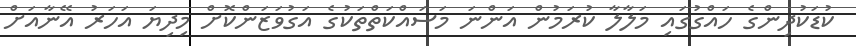
ކުޑަކުދިންގެ ހައްގުގައި މަލާލާ ކުރަމުން އަންނަ މަސައްކަތްތަކުގެ އަގުވަޒަންކޮށް މިދިޔަ އަހަރު އޭނާއަށް